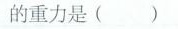
的重力是( )